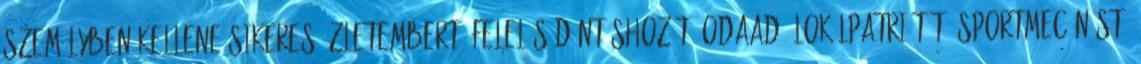
személyben kellene sikeres üzletembert, felelôs döntéshozót, odaadó lokálpatriótát, sportmecénást,